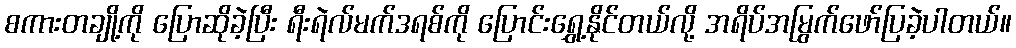
စကားတချို့ကို ပြောဆိုခဲ့ပြီး ရီးရဲလ်မက်ဒရစ်ကို ပြောင်းရွှေ့နိုင်တယ်လို့ အရိပ်အမြွက်ဖော်ပြခဲ့ပါတယ်။